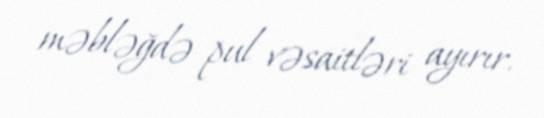
məbləğdə pul vəsaitləri ayırır.